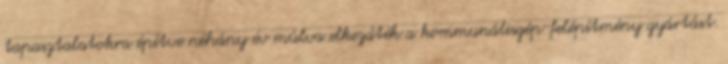
tapasztalatokra építve néhány év múlva elkezdték a kommunálisgép-felépítmény gyártást.